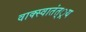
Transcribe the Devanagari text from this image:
वाक्स्वातंत््रय